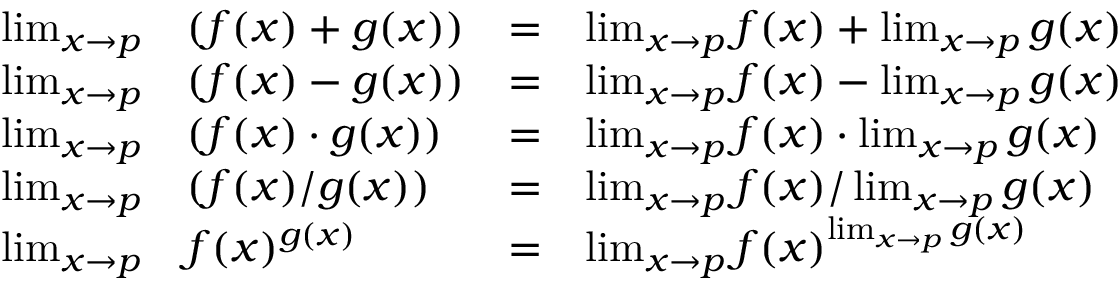
\begin{array} { l l l l } { \operatorname* { l i m } _ { x \to p } } & { ( f ( x ) + g ( x ) ) } & { = } & { \operatorname* { l i m } _ { x \to p } f ( x ) + \operatorname* { l i m } _ { x \to p } g ( x ) } \\ { \operatorname* { l i m } _ { x \to p } } & { ( f ( x ) - g ( x ) ) } & { = } & { \operatorname* { l i m } _ { x \to p } f ( x ) - \operatorname* { l i m } _ { x \to p } g ( x ) } \\ { \operatorname* { l i m } _ { x \to p } } & { ( f ( x ) \cdot g ( x ) ) } & { = } & { \operatorname* { l i m } _ { x \to p } f ( x ) \cdot \operatorname* { l i m } _ { x \to p } g ( x ) } \\ { \operatorname* { l i m } _ { x \to p } } & { ( f ( x ) / g ( x ) ) } & { = } & { { \operatorname* { l i m } _ { x \to p } f ( x ) / \operatorname* { l i m } _ { x \to p } g ( x ) } } \\ { \operatorname* { l i m } _ { x \to p } } & { f ( x ) ^ { g ( x ) } } & { = } & { { \operatorname* { l i m } _ { x \to p } f ( x ) ^ { \operatorname* { l i m } _ { x \to p } g ( x ) } } } \end{array}